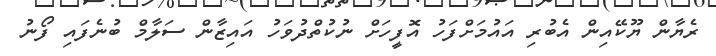
ރެޔާން ޔޫކޭއިން އެބުރި އައުމަށްފަހު އޮފީހަށް ނުކުތްދުވަހު އައިޒާން ސަލާމް ބުނެފައި ފޯނު